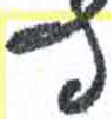
אות: ץ